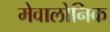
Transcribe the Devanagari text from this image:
मेवालोनिक